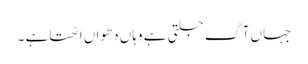
جہاں آگ جلتی ہے وہاں دھواں اٹھتاہے ۔